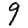
Digit: 9